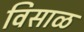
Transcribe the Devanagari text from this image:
विसाळ